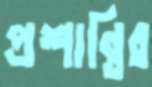
প্রশান্তির